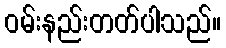
ဝမ်းနည်းတတ်ပါသည်။